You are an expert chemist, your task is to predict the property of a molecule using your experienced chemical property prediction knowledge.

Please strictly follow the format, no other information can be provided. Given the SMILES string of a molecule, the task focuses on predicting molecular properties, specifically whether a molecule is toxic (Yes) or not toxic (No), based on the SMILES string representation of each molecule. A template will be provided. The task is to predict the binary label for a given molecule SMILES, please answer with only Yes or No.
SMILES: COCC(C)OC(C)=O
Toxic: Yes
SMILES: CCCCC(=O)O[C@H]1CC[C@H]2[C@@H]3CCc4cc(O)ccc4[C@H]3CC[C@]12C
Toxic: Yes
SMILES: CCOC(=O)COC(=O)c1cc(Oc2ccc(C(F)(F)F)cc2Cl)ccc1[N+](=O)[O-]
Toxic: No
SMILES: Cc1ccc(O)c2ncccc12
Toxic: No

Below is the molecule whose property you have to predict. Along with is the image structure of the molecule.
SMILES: CCCCCCCCCCCCS
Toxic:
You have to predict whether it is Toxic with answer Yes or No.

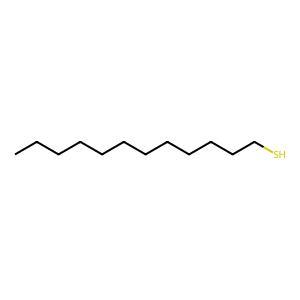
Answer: No